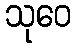
သုဝေ